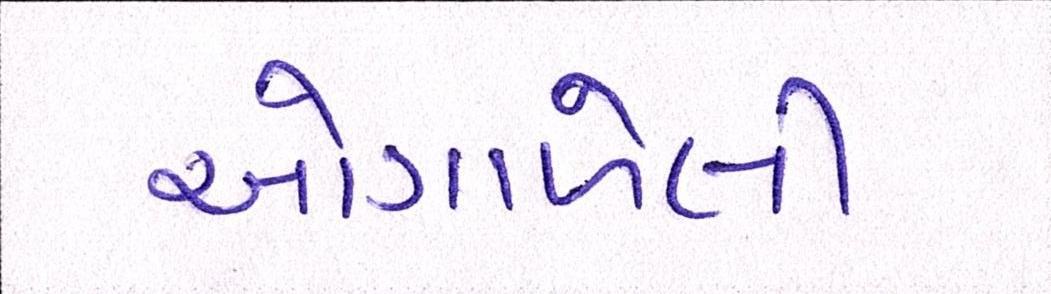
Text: ઓગાળેલી